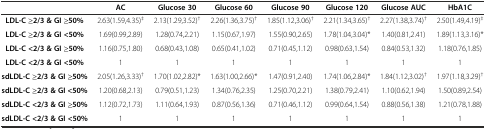
|  | AC | Glucose 30 | Glucose 60 | Glucose 90 | Glucose 120 | Glucose AUC | HbA1C |
 | --- | --- | --- | --- | --- | --- | --- | --- |
 | LDL-C ≥2/3 & GI ≥50% | 2.63(1.59,4.35)‡ | 2.13(1.29,3.52)† | 2.26(1.36,3.75)† | 1.85(1.12,3.06)† | 2.21(1.34,3.65)† | 2.27(1.38,3.74)† | 2.50(1.49,4.19)‡ |
 | LDL-C ≥2/3 & GI <50% | 1.69(0.99,2.89) | 1.28(0.74,2.21) | 1.15(0.67,1.97) | 1.55(0.90,2.65) | 1.78(1.04,3.04)* | 1.40(0.81,2.41) | 1.89(1.13,3.16)* |
 | LDL-C <2/3 & GI ≥50% | 1.16(0.75,1.80) | 0.68(0.43,1.08) | 0.65(0.41,1.02) | 0.71(0.45,1.12) | 0.98(0.63,1.54) | 0.84(0.53,1.32) | 1.18(0.76,1.85) |
 | LDL-C <2/3 & GI <50% | 1 | 1 | 1 | 1 | 1 | 1 | 1 |
 | sdLDL-C ≥2/3 & GI ≥50% | 2.05(1.26,3.33)† | 1.70(1.02,2.82)* | 1.63(1.00,2.66)* | 1.47(0.91,2.40) | 1.74(1.06,2.84)* | 1.84(1.12,3.02)† | 1.97(1.18,3.29)† |
 | sdLDL-C ≥2/3 & GI <50% | 1.20(0.68,2.13) | 0.79(0.51,1.23) | 1.34(0.76,2.35) | 1.25(0.70,2.21) | 1.38(0.79,2.41) | 1.10(0.62,1.94) | 1.50(0.89,2.54) |
 | sdLDL-C <2/3 & GI ≥50% | 1.12(0.72,1.73) | 1.11(0.64,1.93) | 0.87(0.56,1.36) | 0.71(0.46,1.12) | 0.99(0.64,1.54) | 0.88(0.56,1.38) | 1.21(0.78,1.88) |
 | sdLDL-C <2/3 & GI <50% | 1 | 1 | 1 | 1 | 1 | 1 | 1 |